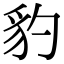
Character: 豹